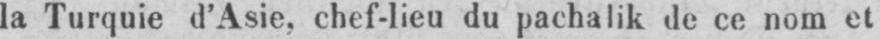
la Turquie d’Asie, chef-lieu du pachalik de ce nom et